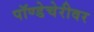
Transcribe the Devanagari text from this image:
पॉण्डेचेरीवर